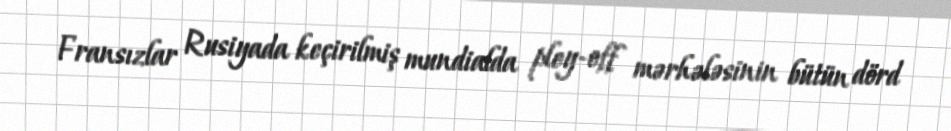
Fransızlar Rusiyada keçirilmiş mundialda pley-off mərhələsinin bütün dörd